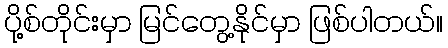
ပို့စ်တိုင်းမှာ မြင်တွေ့နိုင်မှာ ဖြစ်ပါတယ်။